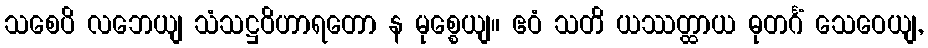
သစေပိ လဘေယျ သံသဋ္ဌဝိဟာရတော န မုစ္စေယျ။ ဧဝံ သတိ ယဿတ္ထာယ ဓုတင်္ဂံ သေဝေယျ,